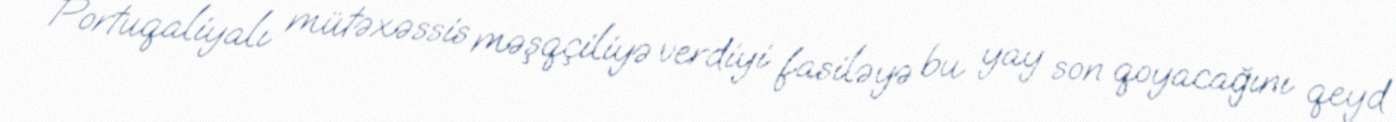
Portuqaliyalı mütəxəssis məşqçiliyə verdiyi fasiləyə bu yay son qoyacağını qeyd